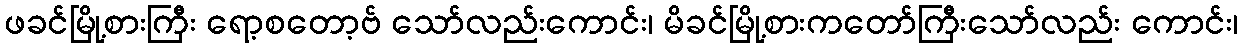
ဖခင်မြို့စားကြီး ရော့စတော့ဗ် သော်လည်းကောင်း၊ မိခင်မြို့စားကတော်ကြီးသော်လည်း ကောင်း၊